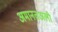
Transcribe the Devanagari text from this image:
अमानतअली